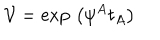
LaTeX: \mathcal { V } = \exp \, \left( \psi ^ { A } t _ { A } \right)